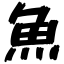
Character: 魚